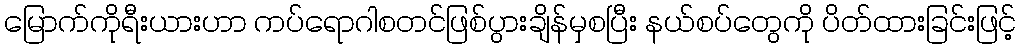
မြောက်ကိုရီးယားဟာ ကပ်ရောဂါစတင်ဖြစ်ပွားချိန်မှစပြီး နယ်စပ်တွေကို ပိတ်ထားခြင်းဖြင့်